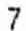
7